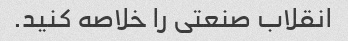
انقلاب صنعتی را خلاصه کنید.